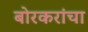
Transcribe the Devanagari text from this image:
बोरकरांचा